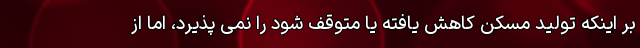
بر اینکه تولید مسکن کاهش یافته یا متوقف شود را نمی پذیرد، اما از